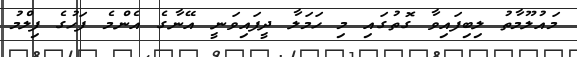
މައުލޫމާތު ލިބިފައިވާ ގޮތުގައި މި ހަމަލާ ދީފައިވަނީ އޭނާގެ އެންމެ ފަހުގެ ފިލްމު